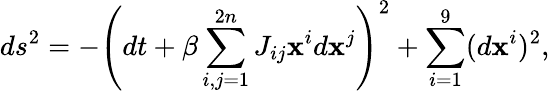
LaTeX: ds^{2}=-\left(dt+\beta\sum_{i,j=1}^{2n}J_{ij}\mathbf{x}^{i}d\mathbf{x}^{j}\right)^{2}+\sum_{i=1}^{9}(d\mathbf{x}^{i})^{2},